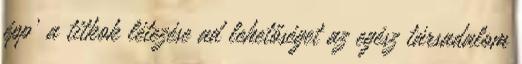
épp’ a titkok létezése ad lehetőséget az egész társadalom